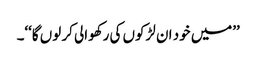
’’میں خود ان لڑکوں کی رکھوالی کر لوں گا‘‘۔